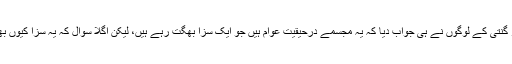
تو اکثریت جواب دینے سے قاصر رہی اور گنتی کے لوگوں نے ہی جواب دیا کہ یہ مجسمے درحیقیت عوام ہیں جو ایک سزا بھگت رہے ہیں، لیکن اگلا سوال کہ یہ سزا کیوں بھگت رہے ہیں اور سزا دینے والا کون ہے؟